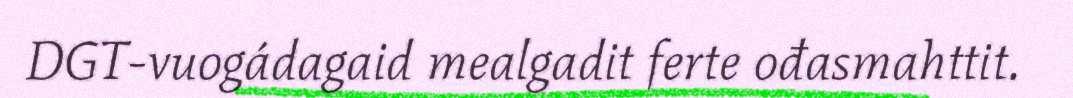
DGT-vuogádagaid mealgadit ferte ođasmahttit.